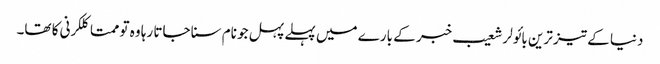
دنیا کے تیز ترین بائولر شعیب خبر کے بارے میں پہلے پہل جو نام سنا جاتا رہا وہ تو ممتا کلکرنی کا تھا۔